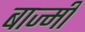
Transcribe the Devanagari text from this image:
बाज्मी